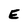
Character: E